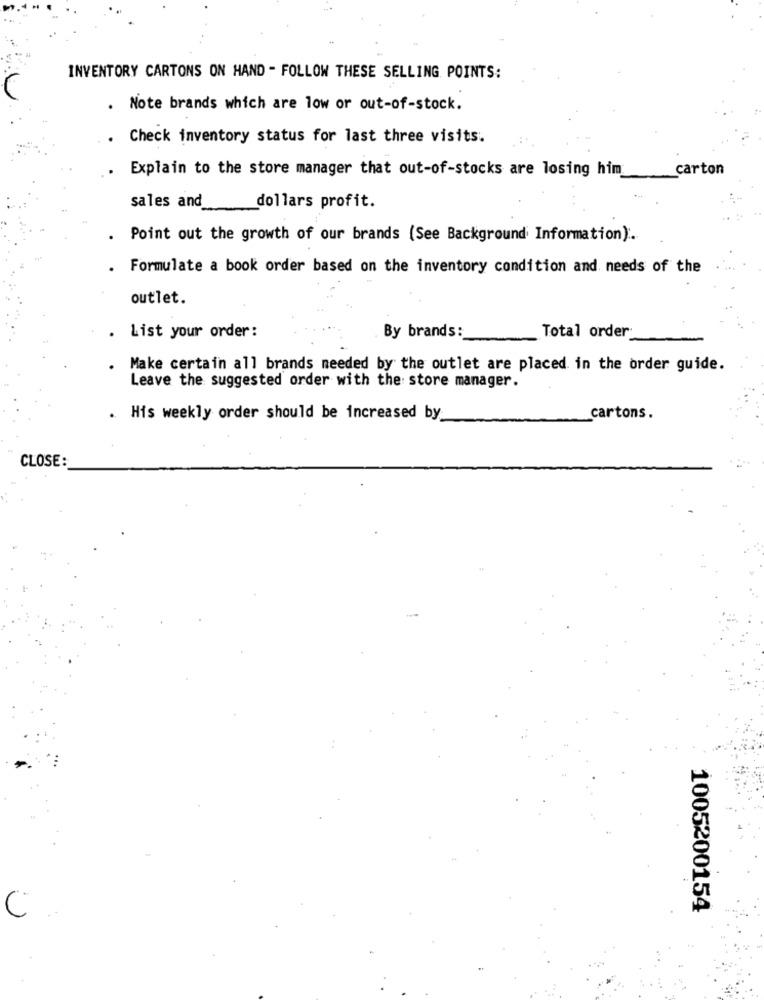
INVENTORY CARTONS ON HAND - FOLLOW THESE SELLING POINTS:
.
Note brands which are low or out-of-stock.
.
Check inventory status for last three visits.
Explain to the store manager that out-of-stocks are losing him
carton
sales and
dollars profit.
Point out the growth of our brands (See Background Information) :.
Formulate a book order based on the inventory condition and needs of the
outlet.
List your order :
By brands:
Total order
Make certain all brands needed by the outlet are placed in the order guide.
Leave the suggested order with the store manager.
.. His weekly order should be increased by
cartons.
CLOSE:
1005200154
C